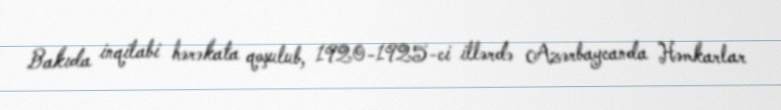
Bakıda inqilabi hərəkata qoşulub, 1920-1925-ci illərdə Azərbaycanda Həmkarlar